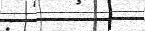
: